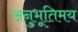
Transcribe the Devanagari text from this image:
अनुभूतिमय